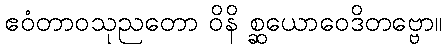
ဧဝံတာဝသုညတော ဝိနိ စ္ဆယောဝေဒိတဗ္ဗော။